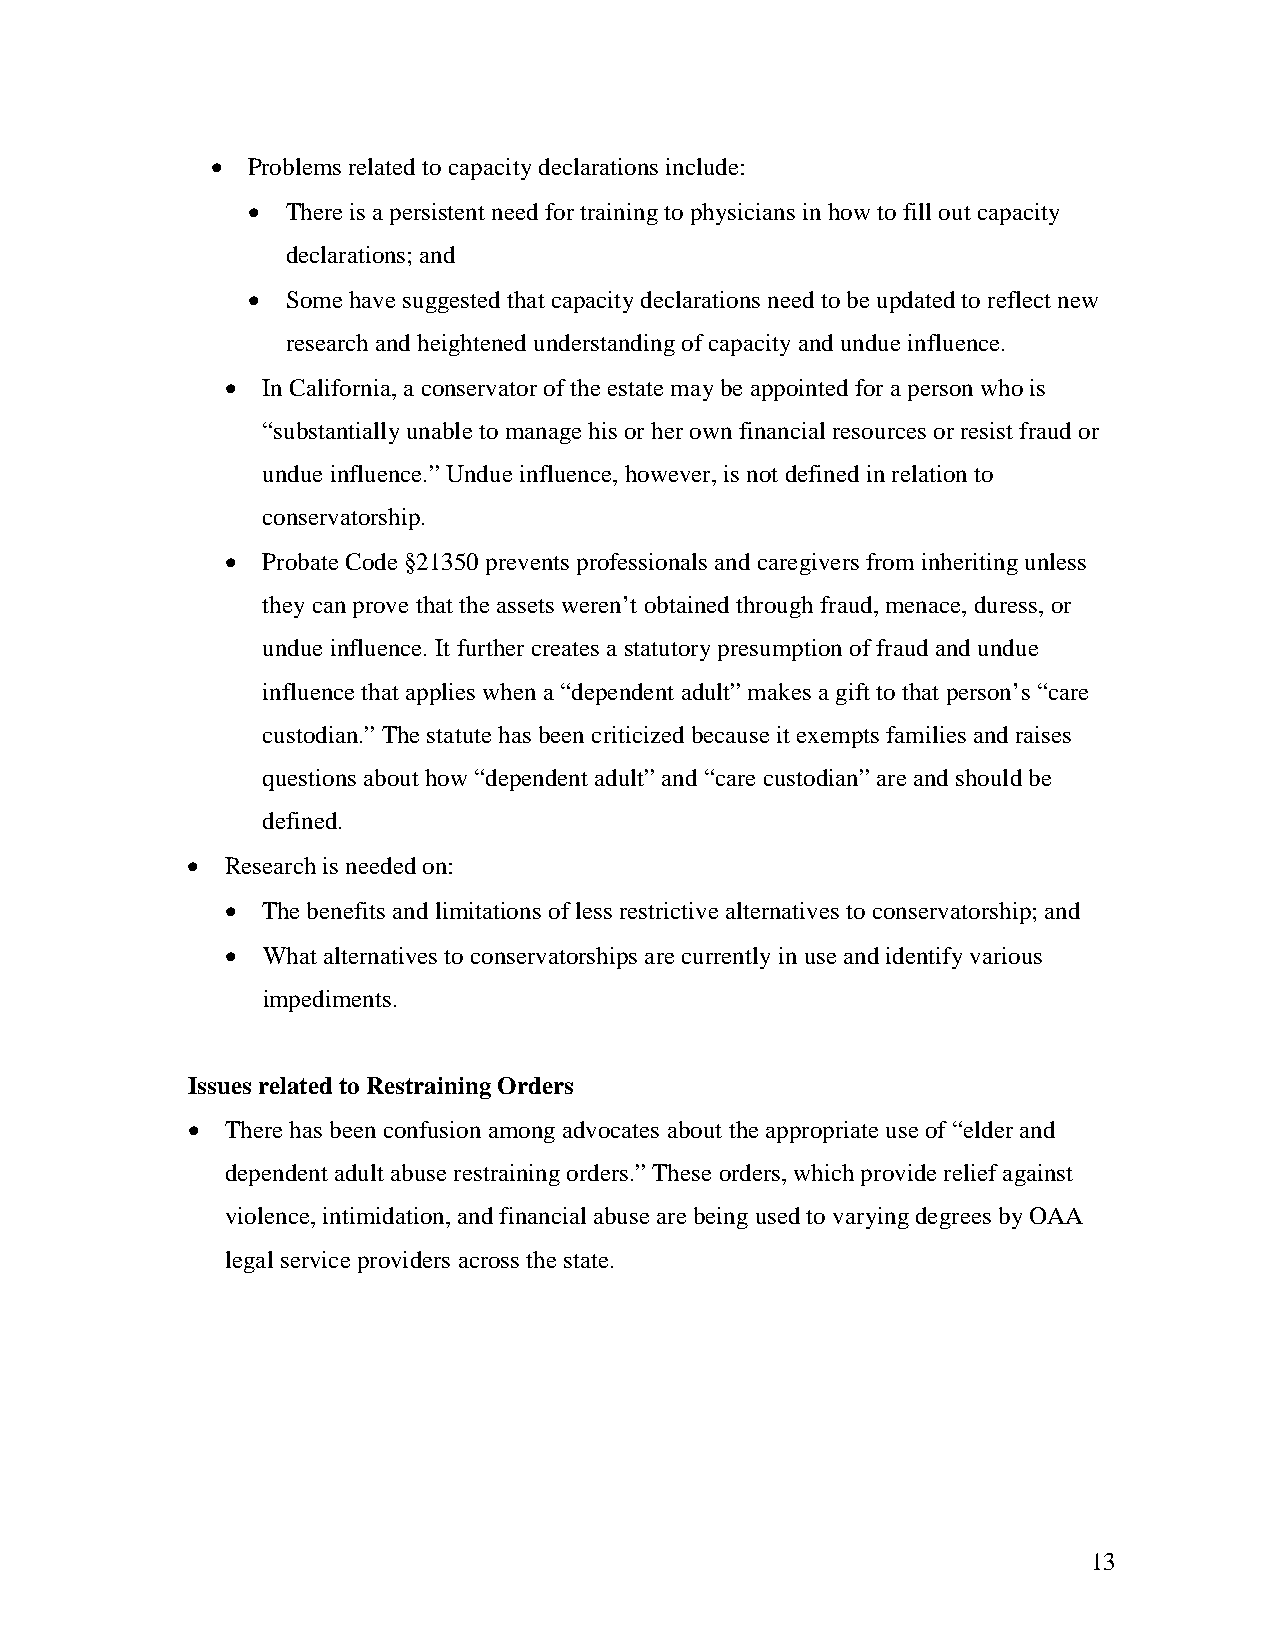
• Problems related to capacity declarations include:
 •  There is a persistent need for training to physicians in how to fill out capacity
 declarations; and
 •  Some have suggested that capacity declarations need to be updated to reflect new
 research and heightened understanding of capacity and undue influence.
 • In California, a conservator of the estate may be appointed for a person who is
 “substantially unable to manage his or her own financial resources or resist fraud or
 undue influence.” Undue influence, however, is not defined in relation to
 conservatorship.
 • Probate Code §21350 prevents professionals and caregivers from inheriting unless
 they can prove that the assets weren’t obtained through fraud, menace, duress, or
 undue influence. It further creates a statutory presumption of fraud and undue
 influence that applies when a “dependent adult” makes a gift to that person’s “care
 custodian.” The statute has been criticized because it exempts families and raises
 questions about how “dependent adult” and “care custodian” are and should be
 defined.
 •  Research is needed on:
 • The benefits and limitations of less restrictive alternatives to conservatorship; and
 • What alternatives to conservatorships are currently in use and identify various
 impediments.
 Issues related to Restraining Orders
 •  There has been confusion among advocates about the appropriate use of “elder and
 dependent adult abuse restraining orders.” These orders, which provide relief against
 violence, intimidation, and financial abuse are being used to varying degrees by OAA
 legal service providers across the state.
 13